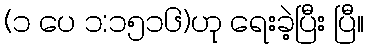
(၁ ပေ ၁:၁၅၁၆)ဟု ရေးခဲ့ပြီး ပြီ။